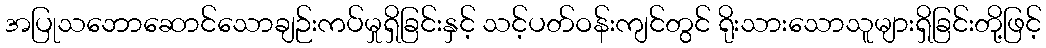
အပြုသဘောဆောင်သောချဉ်းကပ်မှုရှိခြင်းနှင့် သင့်ပတ်ဝန်းကျင်တွင် ရိုးသားသောသူများရှိခြင်းတို့ဖြင့်